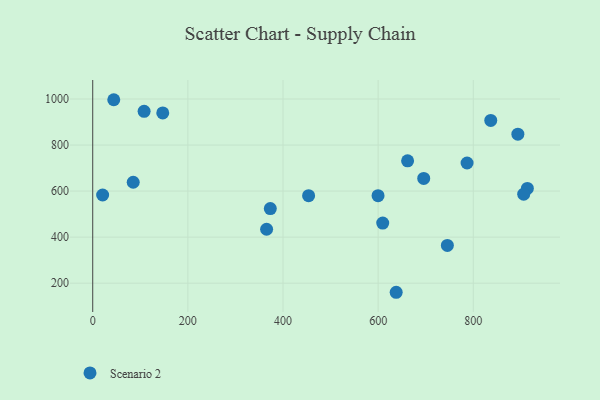
{"axis": {"x": "Experience", "y": "Demand"}, "legend": ["Scenario 2"], "data": [{"x": "745.5", "y": 364.2, "type": "Scenario 2"}, {"x": "147.2", "y": 939.6, "type": "Scenario 2"}, {"x": "44.2", "y": 996.8, "type": "Scenario 2"}, {"x": "599.8", "y": 580.0, "type": "Scenario 2"}, {"x": "108.0", "y": 946.4, "type": "Scenario 2"}, {"x": "661.9", "y": 731.3, "type": "Scenario 2"}, {"x": "365.5", "y": 434.3, "type": "Scenario 2"}, {"x": "786.9", "y": 722.0, "type": "Scenario 2"}, {"x": "913.7", "y": 611.7, "type": "Scenario 2"}, {"x": "893.7", "y": 847.3, "type": "Scenario 2"}, {"x": "373.3", "y": 524.2, "type": "Scenario 2"}, {"x": "20.8", "y": 582.9, "type": "Scenario 2"}, {"x": "453.8", "y": 579.9, "type": "Scenario 2"}, {"x": "609.6", "y": 461.1, "type": "Scenario 2"}, {"x": "836.7", "y": 906.9, "type": "Scenario 2"}, {"x": "85.1", "y": 638.4, "type": "Scenario 2"}, {"x": "695.8", "y": 654.9, "type": "Scenario 2"}, {"x": "906.0", "y": 586.4, "type": "Scenario 2"}, {"x": "637.9", "y": 160.5, "type": "Scenario 2"}]}